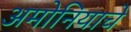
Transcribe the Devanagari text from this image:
अमोनियाचे